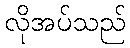
လိုအပ်သည်